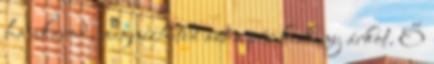
ha akarod, megnézheted azt a pár keskeny árkot. Ő